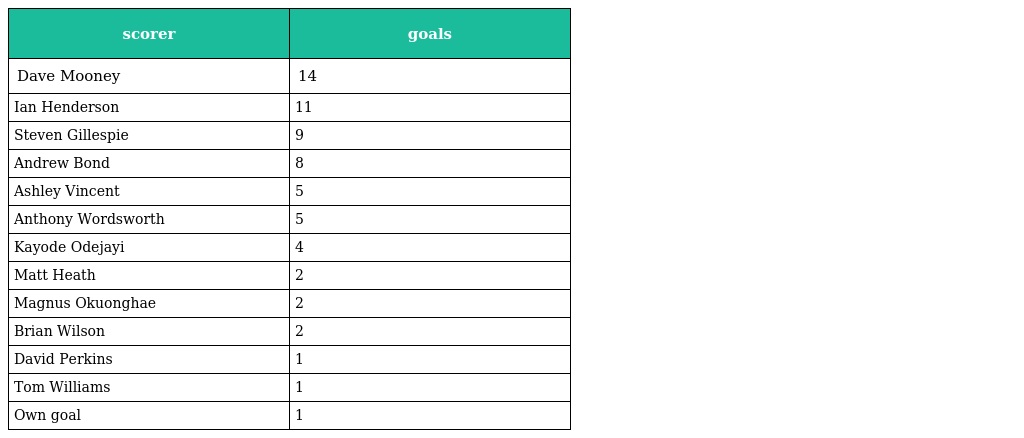
| scorer | goals |
 | --- | --- |
 | Dave Mooney | 14 |
 | Ian Henderson | 11 |
 | Steven Gillespie | 9 |
 | Andrew Bond | 8 |
 | Ashley Vincent | 5 |
 | Anthony Wordsworth | 5 |
 | Kayode Odejayi | 4 |
 | Matt Heath | 2 |
 | Magnus Okuonghae | 2 |
 | Brian Wilson | 2 |
 | David Perkins | 1 |
 | Tom Williams | 1 |
 | Own goal | 1 |